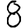
Digit: 8